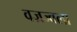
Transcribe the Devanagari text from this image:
वज्रज्वला